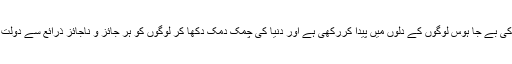
مغربی نظام سے دولت کی بے جا ہوس لوگوں کے دلوں میں پیدا کررکھی ہے اور دنیا کی چمک دمک دکھا کر لوگوں کو ہر جائز و ناجائز ذرائع سے دولت کمانے پر اکسا رہا ہے۔